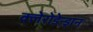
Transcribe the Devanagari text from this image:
क्लेरोडेन्ड्रान